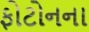
ફોટોનના